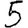
Digit: 5